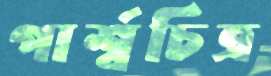
পার্শ্বচিত্র